Document type: Sale
Year: 1440
Scribe: Pere Pau Pujades
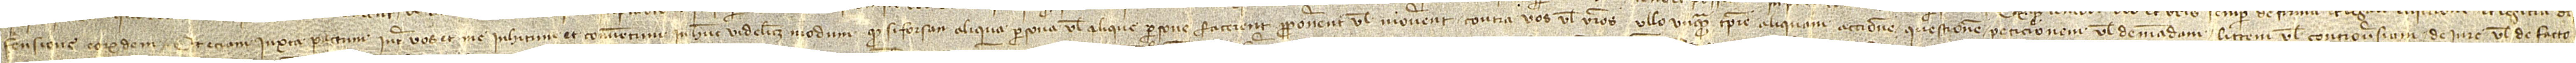
fensione eorundem, et etiam iuxta pactum inter vos et me inhitum et conventum in hunc videlicet modum quod si forsan aliqua persona vel alique persone facerent, proponerent vel moverent contra vos vel vestros ullo unquam tempore aliquam accionem, questionem, peticionem vel demandam, littem vel controversiam, de iure vel de facto,